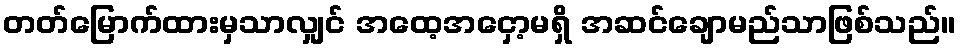
တတ်မြောက်ထားမှသာလျှင် အထေ့အငှော့မရှိ အဆင်ချောမည်သာဖြစ်သည်။